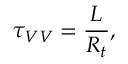
\tau _ { V V } = \frac { L } { R _ { t } } ,